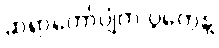
ဆရာတော်ပျံက ပွဲတွေနဲ့